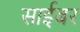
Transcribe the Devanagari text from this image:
साईबर